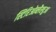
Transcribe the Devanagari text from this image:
स्टिरिओब्लैस्चुआ